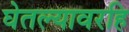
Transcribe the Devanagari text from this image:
घेतल्यावरहि